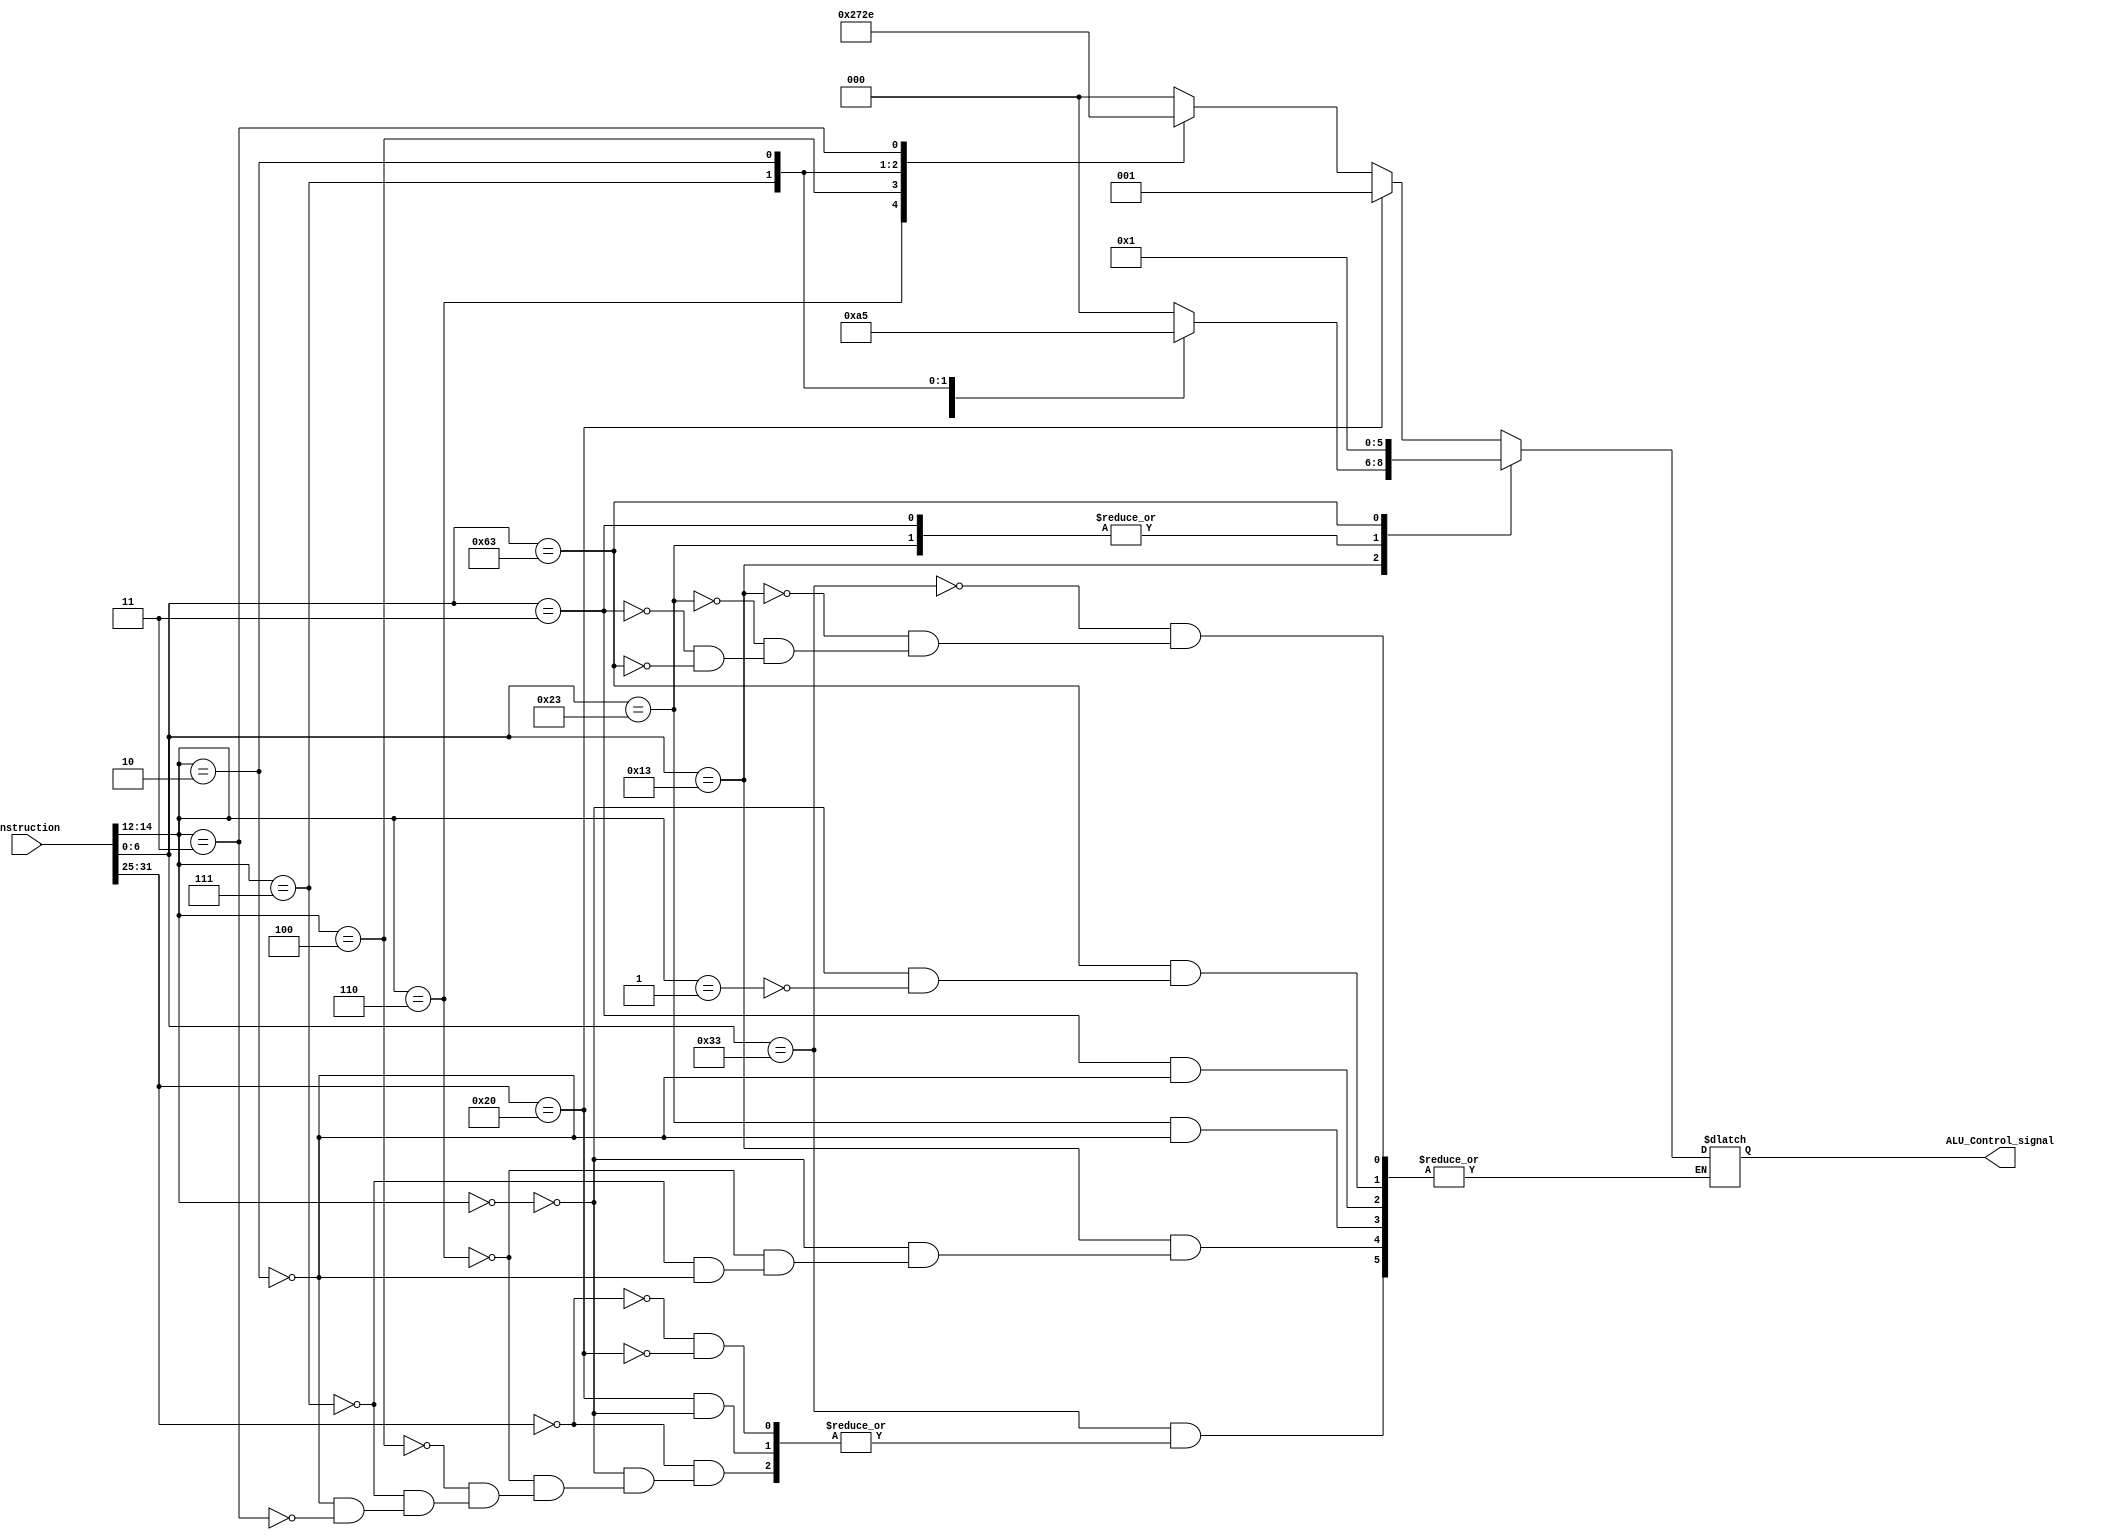
`timescale 1ns / 1ps
module AL_Unit_Control(instruction, ALU_Control_signal);
	input [31:0] instruction;
	output reg [2:0] ALU_Control_signal;
	
	always@(*) begin
		case(instruction[6:0])
			7'b0110011: begin
							case(instruction[31:25])
								7'b0000000: begin
												case(instruction[14:12])
													3'b000: begin
																ALU_Control_signal <= 3'b000;
															end
													3'b110: begin
																ALU_Control_signal <= 3'b010;
															end
													3'b100: begin
																ALU_Control_signal <= 3'b011;
															end
													3'b111: begin
																ALU_Control_signal <= 3'b100;
															end
													3'b010: begin
																ALU_Control_signal <= 3'b101;
															end
													3'b011: begin
																ALU_Control_signal <= 3'b110;
															end
												endcase
											end
								7'b0100000: begin
												case(instruction[14:12])
													3'b000: begin
																ALU_Control_signal <= 3'b001;
															end
												endcase
											end
							endcase
						end
			7'b0010011: begin
							case(instruction[14:12])
								3'b000: begin
											ALU_Control_signal <= 3'b000;
										end
								3'b110: begin
											ALU_Control_signal <= 3'b010;
										end
								3'b111: begin
											ALU_Control_signal <= 3'b100;
										end
								3'b010: begin
											ALU_Control_signal <= 3'b101;
										end
								
							endcase
						end
			7'b0100011: begin
							case(instruction[14:12])
								3'b010: begin
											ALU_Control_signal <= 3'b000;
										end
							endcase
						end
			7'b0000011: begin
							case(instruction[14:12])
								3'b010: begin
											ALU_Control_signal <= 3'b000;
										end
							endcase
						end
			7'b1100011: begin
							case(instruction[14:12])
								3'b000: begin
											ALU_Control_signal <= 3'b001;
										end
								3'b001: begin
											ALU_Control_signal <= 3'b001;
										end
							endcase
						end
		endcase
	end
endmodule